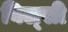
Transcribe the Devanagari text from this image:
बिल्‍सी